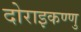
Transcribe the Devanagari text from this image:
दोराइकण्णु